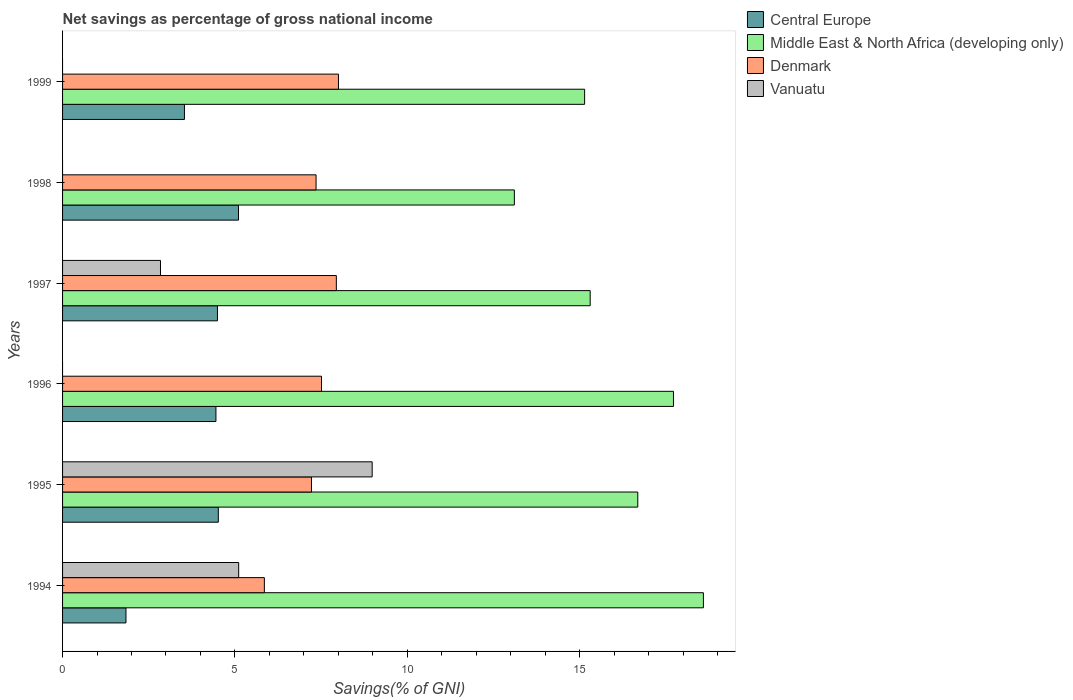
| Years | Central Europe | Middle East & North Africa (developing only) | Denmark | Vanuatu |
 | --- | --- | --- | --- | --- |
 | 1994 | 1.84 | 18.6 | 5.85 | 5.11 |
 | 1995 | 4.52 | 16.7 | 7.22 | 8.98 |
 | 1996 | 4.45 | 17.7 | 7.51 | -6.4 |
 | 1997 | 4.49 | 15.3 | 7.94 | 2.84 |
 | 1998 | 5.1 | 13.1 | 7.35 | -4.83 |
 | 1999 | 3.54 | 15.1 | 8 | -4.74 |